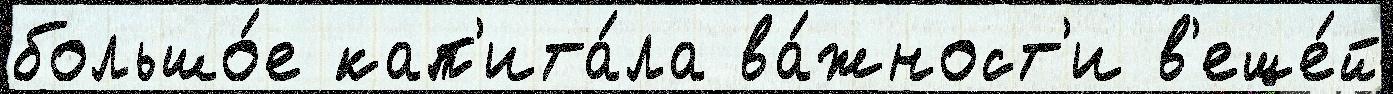
большо́е кап'ита́ла ва́жност'и в'еще́й